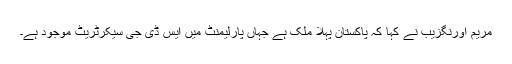
مریم اورنگزیب نے کہا کہ پاکستان پہلا ملک ہے جہاں پارلیمنٹ میں ایس ڈی جی سیکرٹریٹ موجود ہے۔